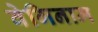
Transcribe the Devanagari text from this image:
वेगिनाम